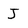
Character: J